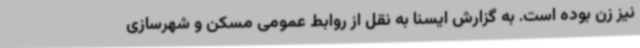
نیز زن بوده است. به گزارش ایسنا به نقل از روابط عمومی مسکن و شهرسازی